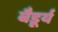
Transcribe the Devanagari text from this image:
बैडूर्य